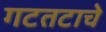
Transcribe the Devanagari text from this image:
गटतटाचे